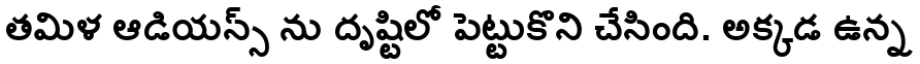
తమిళ ఆడియన్స్ ను దృష్టిలో పెట్టుకొని చేసింది. అక్కడ ఉన్న